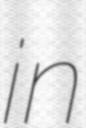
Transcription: in